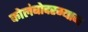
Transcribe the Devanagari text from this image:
कोलंबोदरम्यान